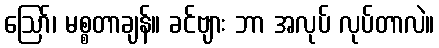
ဩော်၊ မစ္စတာချန်။ ခင်ဗျား ဘာ အလုပ် လုပ်တာလဲ။